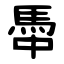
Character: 馽